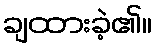
ချထားခဲ့၏။